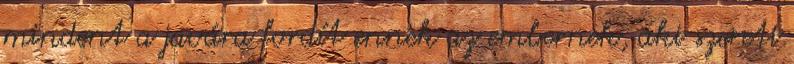
mindent a javára fordít ennek az embernek, aki szereti